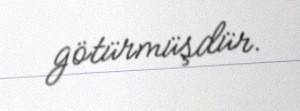
götürmüşdür.